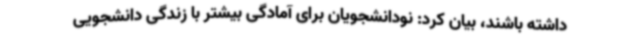
داشته باشند، بیان کرد: نودانشجویان برای آمادگی بیشتر با زندگی دانشجویی